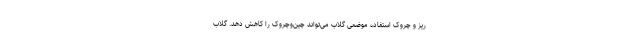
ریز و چروک استفاده موضعی گلاب می‌تواند چین‌وچروک را کاهش دهد. گلاب